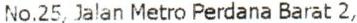
NO.25, JALAN METRO PERDANA BARAT 2,